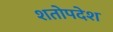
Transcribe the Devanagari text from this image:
शतोपदेश